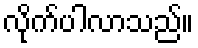
လိုက်ပါလာသည်။